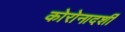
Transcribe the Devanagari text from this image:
कोरोनादर्शी